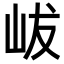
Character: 𡶖